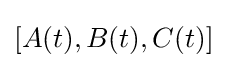
[A(t),B(t),C(t)]